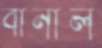
বানাল